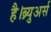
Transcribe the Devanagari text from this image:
है।ब्र्युअर्स